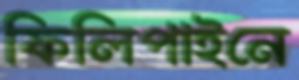
ফিলিপাইনে